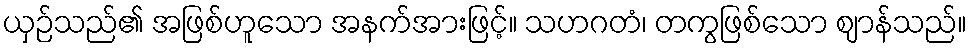
ယှဉ်သည်၏ အဖြစ်ဟူသော အနက်အားဖြင့်။ သဟဂတံ၊ တကွဖြစ်သော ဈာန်သည်။